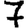
Digit: 7